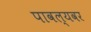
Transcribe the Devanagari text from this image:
पावल्यवर